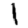
Digit: 1